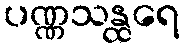
ပဏ္ဏသန္ထရေ